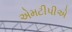
એમટીપીએ